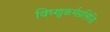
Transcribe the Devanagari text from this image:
विष्णुकर्मप्रसिद्धि